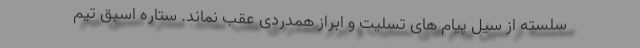
سلسته از سیل پیام های تسلیت و ابراز همدردی عقب نماند. ستاره اسبق تیم